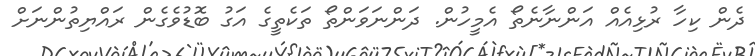
ދެން ކިހާ ރުޅިއެއް އަންނާނެތޯ އެމީހުން. ދަންނަވަންތޯ ތަކެތީގެ އަގު ބޮޑުވެގެން ރައްޔިތުންނަށް